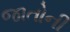
જાતોની